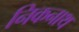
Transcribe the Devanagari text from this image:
निकनाथ